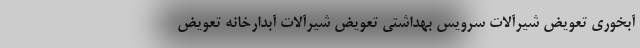
آبخوری تعویض شیرآلات سرویس بهداشتی تعویض شیرآلات آبدارخانه تعویض